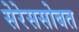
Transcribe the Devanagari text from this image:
सेरेससोबत